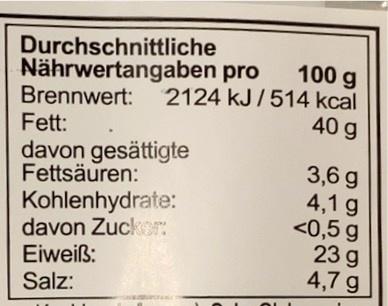
Durchschnittliche Nährwertangaben pro
100 g
Brennwert: 2124 kJ/514 kcal
40 g
Fett:
davon gesättigte Fettsäuren:
Kohlenhydrate:
davon Zucker:
Eiweiß:
Salz:
3,6 g
4,1 g
<0,5 g 23 g
4,7 g